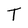
Character: T